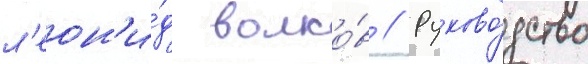
л'еон'и́д волко́в // Руково́дство